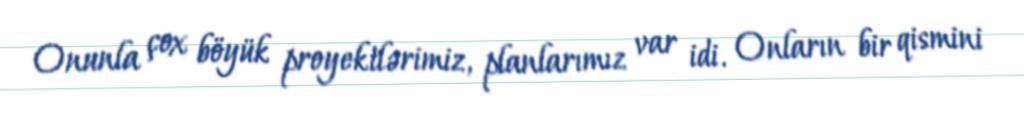
Onunla çox böyük proyektlərimiz, planlarımız var idi. Onların bir qismini